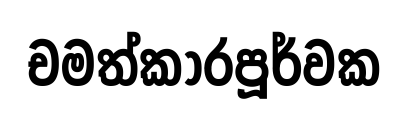
චමත්කාරපූර්වක